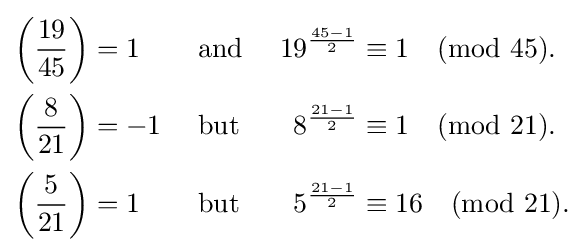
{\begin{aligned}\left({\frac {19}{45}}\right)&=1&&{\text{ and }}&19^{\frac {45-1}{2}}&\equiv 1{\pmod {45}}.\\\left({\frac {8}{21}}\right)&=-1&&{\text{ but }}&8^{\frac {21-1}{2}}&\equiv 1{\pmod {21}}.\\\left({\frac {5}{21}}\right)&=1&&{\text{ but }}&5^{\frac {21-1}{2}}&\equiv 16{\pmod {21}}.\end{aligned}}